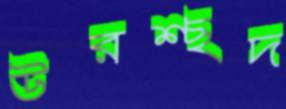
উরশ্ছদ